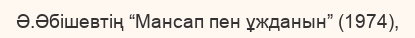
Ә.Әбішевтің “Мансап пен ұжданын” (1974),